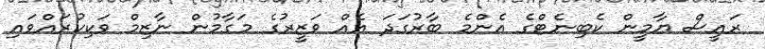
ރައީސް ޔާމީން ކެބިނެޓްގެ އެންމެ ބާރުގަދަ އެއް ވަޒީރުގެ މަގާމުން ނާޒިމް ވަކިކުރައްވައި